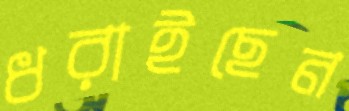
ধরাইছেন